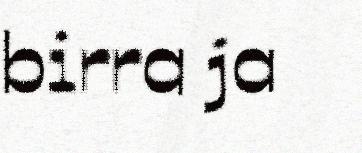
birra ja